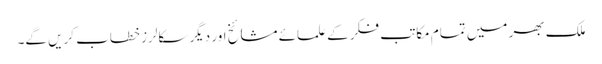
ملک بھر میں تمام مکاتب فکر کے علمائے مشائخ اور دیگر سکالرز خطاب کریں گے۔